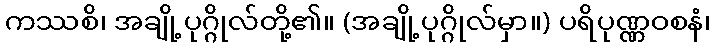
ကဿစိ၊ အချို့ပုဂ္ဂိုလ်တို့၏။ (အချို့ပုဂ္ဂိုလ်မှာ။) ပရိပုဏ္ဏဝစနံ၊